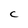
Character: C